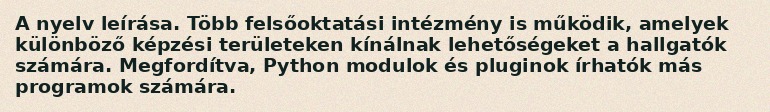
A nyelv leírása. Több felsőoktatási intézmény is működik, amelyek különböző képzési területeken kínálnak lehetőségeket a hallgatók számára. Megfordítva, Python modulok és pluginok írhatók más programok számára.